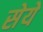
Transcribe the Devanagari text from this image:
सेये